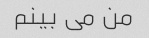
من می بینم